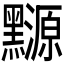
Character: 𪒳